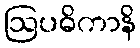
ဩပဓိကာနိ